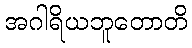
အဂါရိယဘူတောတိ